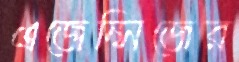
এজেন্সিজের